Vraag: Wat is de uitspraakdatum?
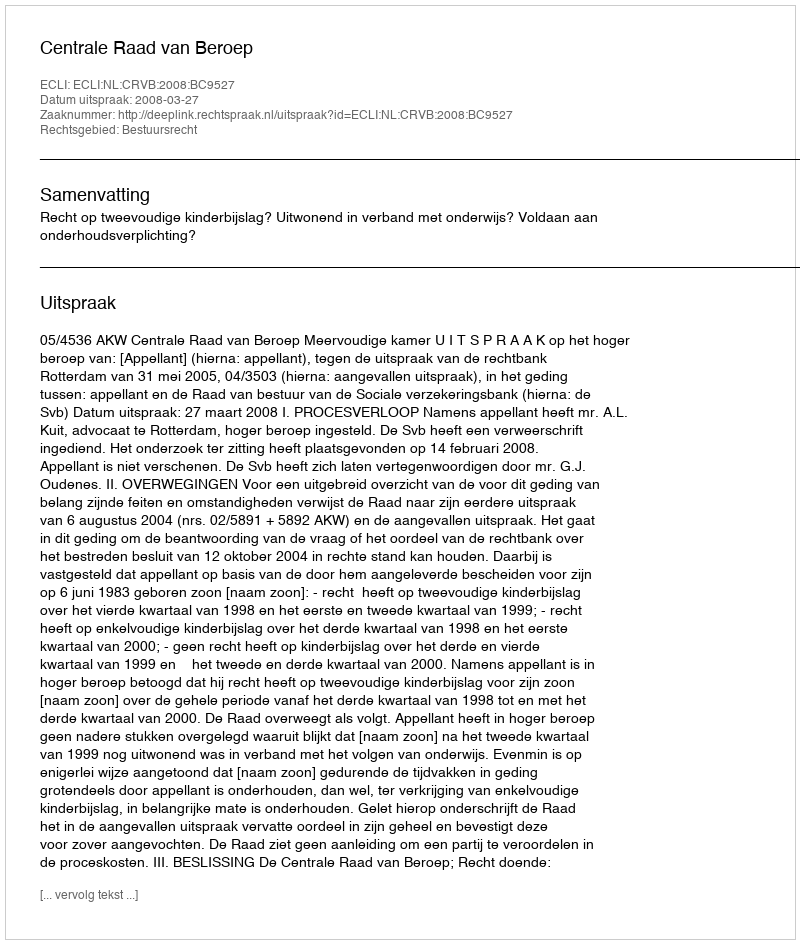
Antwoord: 2008-03-27